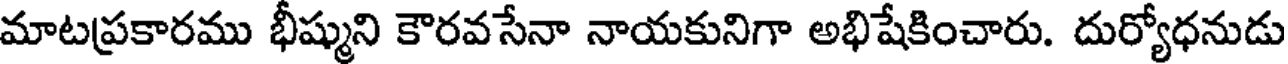
మాటప్రకారము భీష్ముని కౌరవసేనా నాయకునిగా అభిషేకించారు. దుర్యోధనుడు